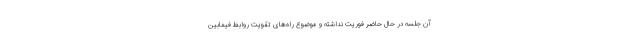
آن جلسه در حال حاضر فوریت نداشته و موضوع راه‌های تقویت روابط فیمابین